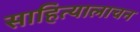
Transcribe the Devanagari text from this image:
साहित्यालाचन